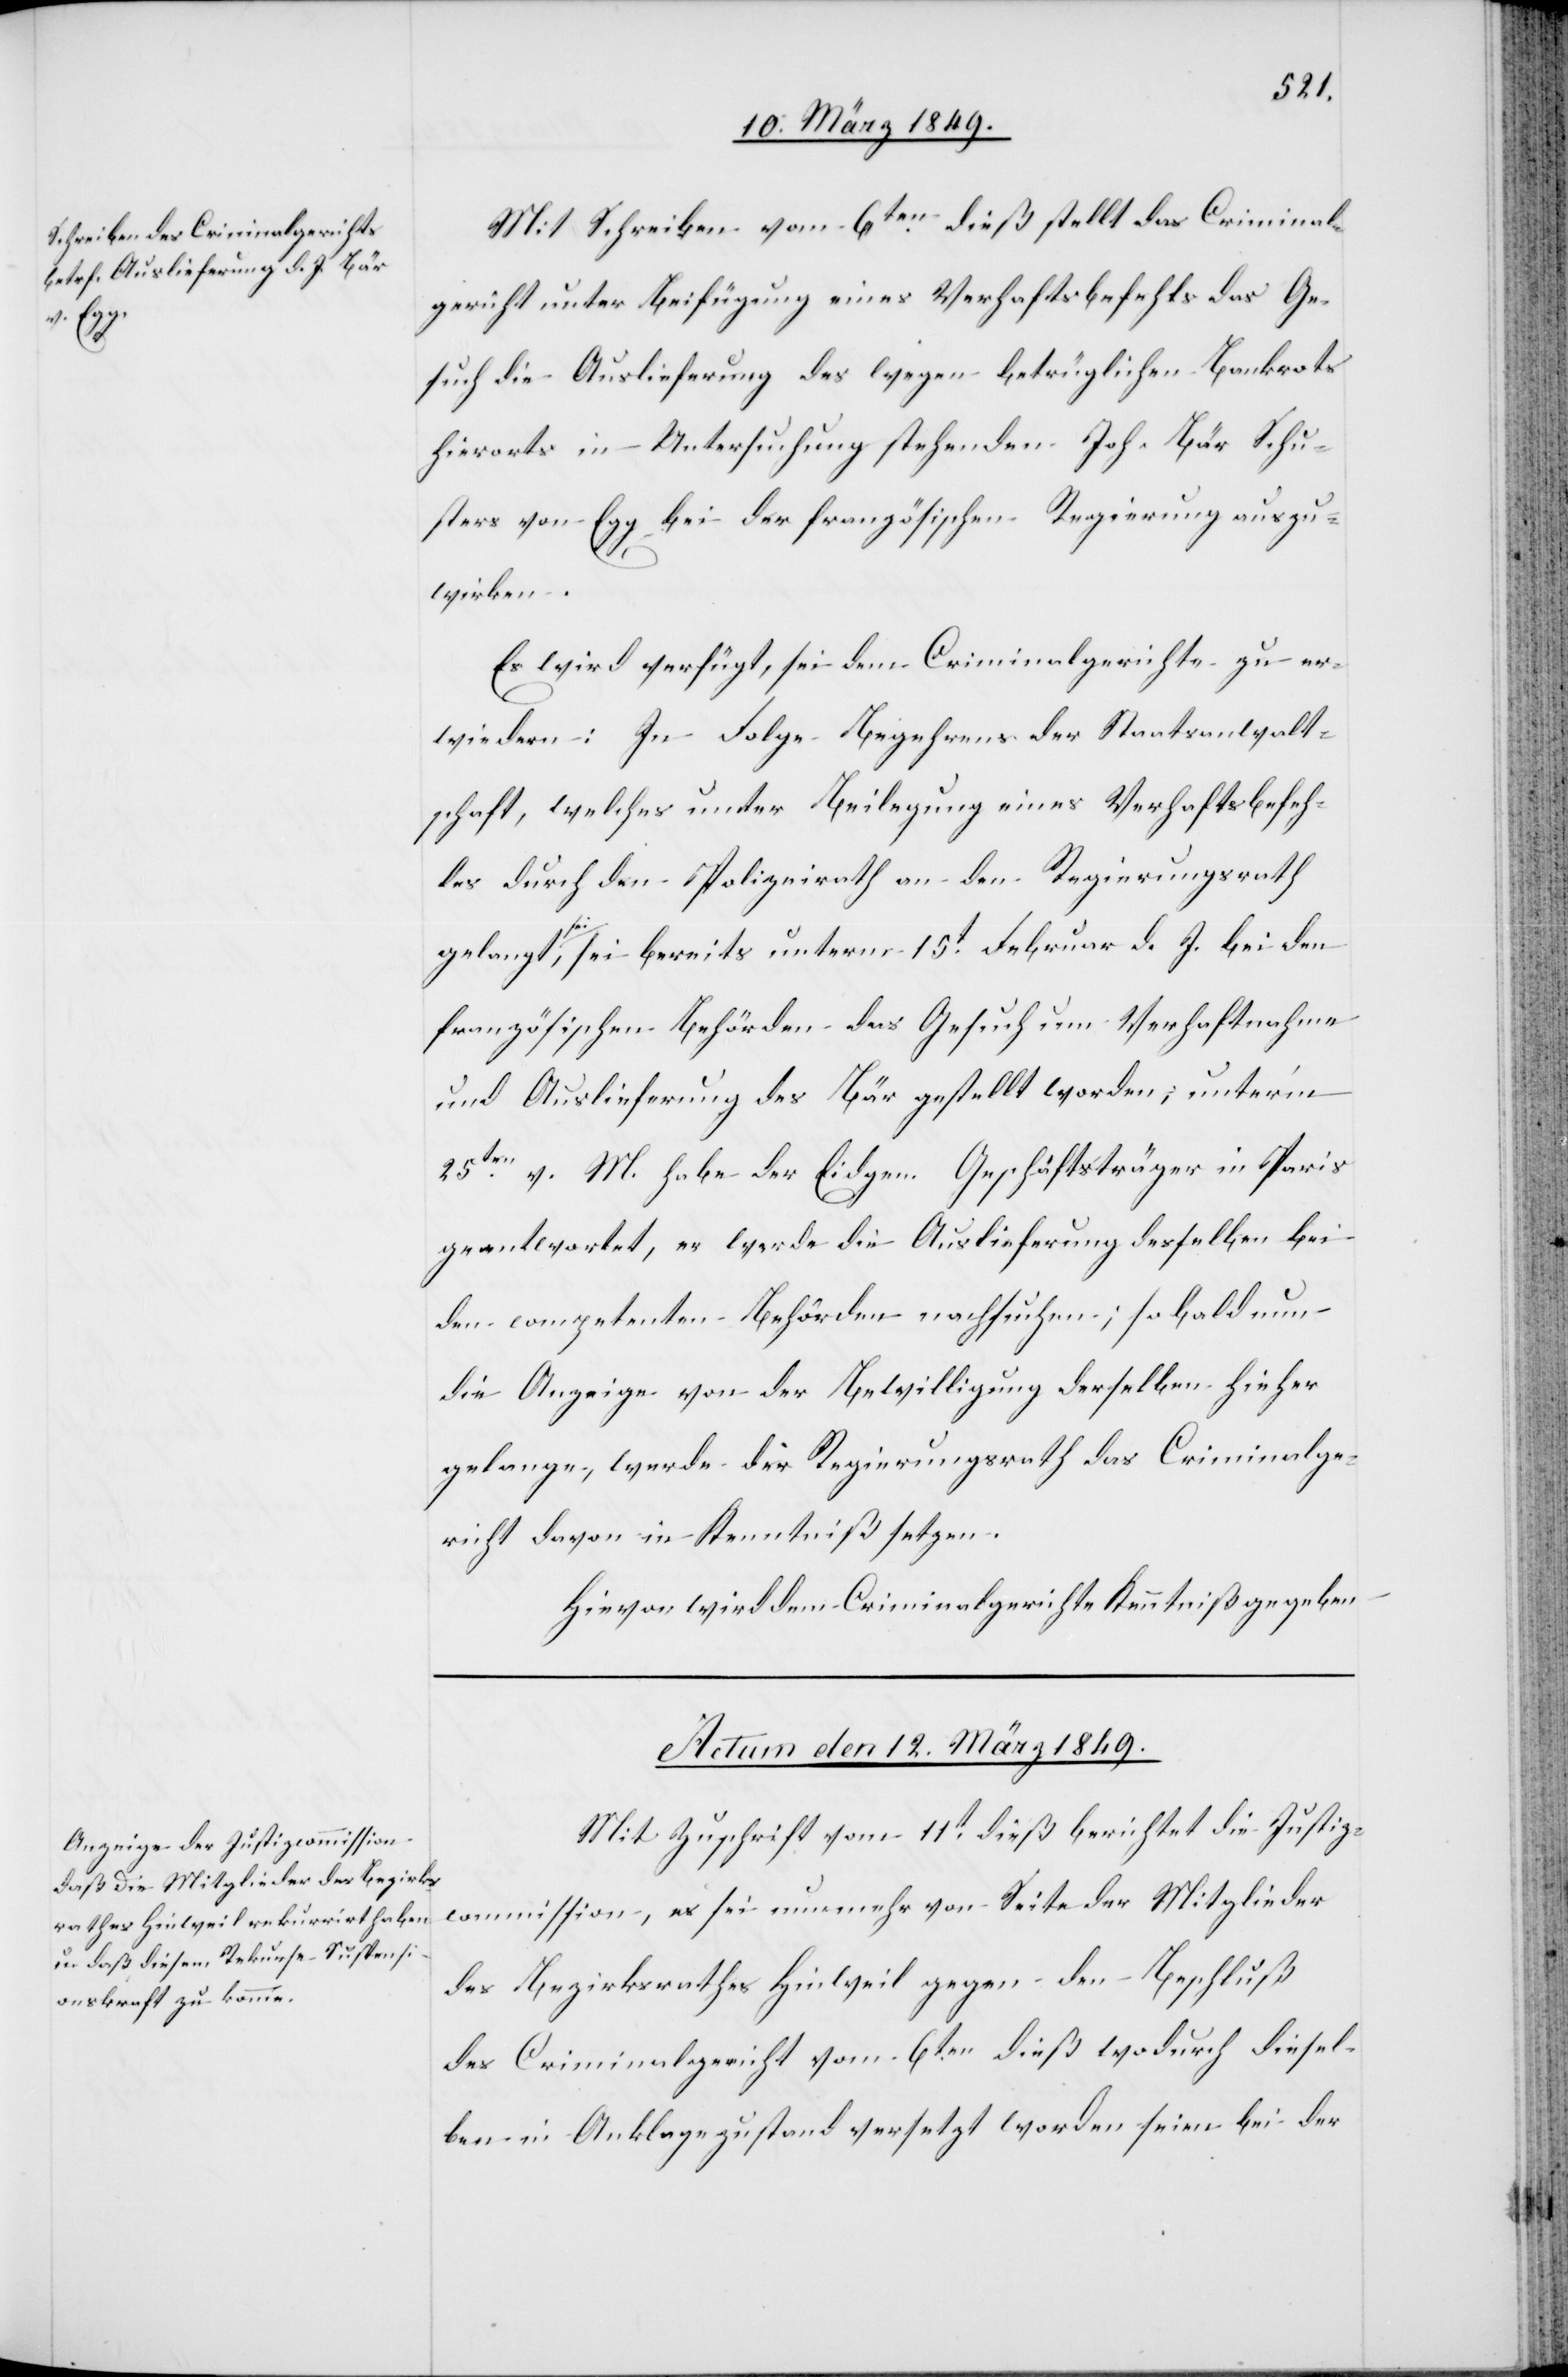
Mit Schreiben vom 6ten. dieß stellt das Criminal¬
gericht unter Beifügung eines Verhaftsbefehls das Ge¬
such die Auslieferung des wegen betrüglichen Bankrots
hierorts in Untersuchung stehenden Joh. Bär Schu¬
sters von Egg bei der französischen Regierung auszu¬
wirken.
Es wird verfügt, sei dem Criminalgerichte zu er¬
wiedern: In Folge Begehrens der Staatsanwalt¬
schaft, welches unter Beilegung eines Verhaftsbefeh¬
les durch den Polizeirath an den Regierungsrath
gelangt sei, sei bereits unterm 15t. Februar d. J. bei den
französischen Behörden das Gesuch um Verhaftnahme
und Auslieferung des Bär gestellt worden; unter’m
25ten. v. M. habe der Eidgen. Geschäftsträger in Paris
geantwortet, er werde die Auslieferung desselben bei
den competenten Behörden nachsuchen; so bald nun
die Anzeige von der Bewilligung derselben hieher
gelange, werde der Regierungsrath das Criminalge¬
richt davon in Kenntniß setzen.
Hievon wird dem Criminalgerichte Kenntniß gegeben[.]
Actum den 12. März 1849.
Mit Zuschrift vom 11t. dieß berichtet die Justiz¬
commission, es sei nunmehr von Seite der Mitglieder
des Bezirksrathes Hinweil gegen den Beschluß
des Criminalgericht vom 6ten. dieß wodurch diesel¬
ben in Anklagezustand versetzt worden seien bei der